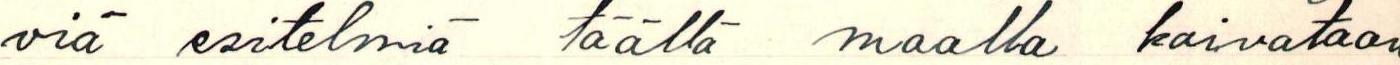
viä esitelmiä täällä maalla kaivataan